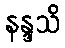
နန္ဒသိ